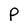
Character: P